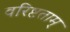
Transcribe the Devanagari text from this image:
वरिष्टताम्